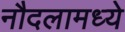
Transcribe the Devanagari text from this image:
नौदलामध्ये